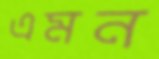
এমন